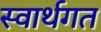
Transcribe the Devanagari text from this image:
स्वार्थगत